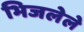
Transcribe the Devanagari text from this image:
भिजलेले